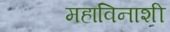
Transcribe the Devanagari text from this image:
महाविनाशी